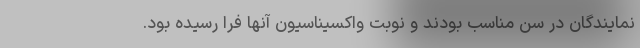
نمایندگان در سن مناسب بودند و نوبت واکسیناسیون آنها فرا رسیده بود.